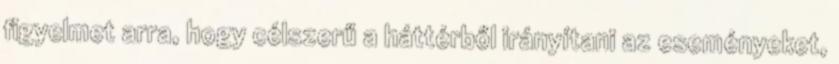
figyelmet arra, hogy célszerű a háttérből irányítani az eseményeket,